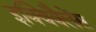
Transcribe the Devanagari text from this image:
इक्विवैलेंस